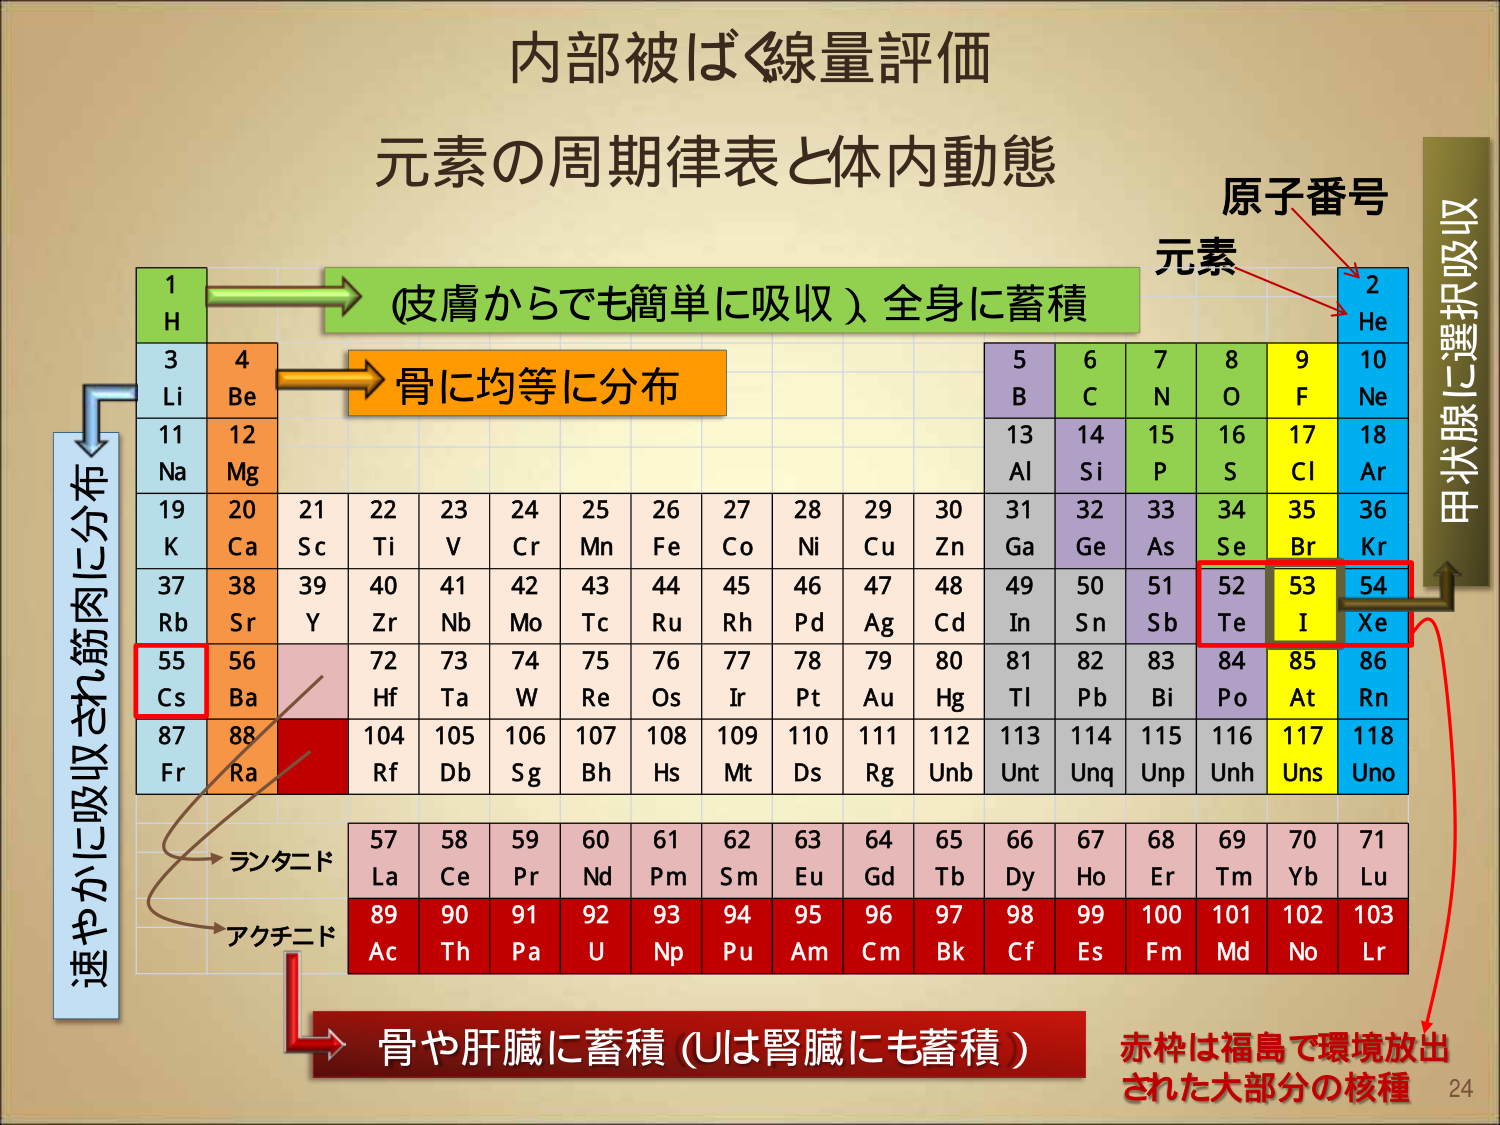
内部被ばく線量評価
元素の周期律表と体内動態

原子番号
元素

1 H
3 Li
11 Na
19 K
37 Rb
55 Cs
87 Fr

4 Be
12 Mg
20 Ca
38 Sr
56 Ba
88 Ra

21 Sc
22 Ti
23 V
24 Cr
25 Mn
26 Fe
27 Co
28 Ni
29 Cu
30 Zn
31 Ga
32 Ge
33 As
34 Se
35 Br
36 Kr
52 Te
53 I
54 Xe
84 Po
85 At
86 Rn
116 Unh
117 Uns
118 Uno

5 B
6 C
7 N
8 O
9 F
10 Ne
13 Al
14 Si
15 P
16 S
17 Cl
18 Ar
49 In
50 Sn
51 Sb
81 Tl
82 Pb
83 Bi
113 Unt
114 Unq
115 Unp

72 Hf
73 Ta
74 W
75 Re
76 Os
77 Ir
78 Pt
79 Au
80 Hg

57 La
58 Ce
59 Pr
60 Nd
61 Pm
62 Sm
63 Eu
64 Gd
65 Tb
66 Dy
67 Ho
68 Er
69 Tm
70 Yb
71 Lu

89 Ac
90 Th
91 Pa
92 U
93 Np
94 Pu
95 Am
96 Cm
97 Bk
98 Cf
99 Es
100 Fm
101 Md
102 No
103 Lr

104 Rf
105 Db
106 Sg
107 Bh
108 Hs
109 Mt
110 Ds
111 Rg
112 Unb

(皮膚からでも簡単に吸収) 全身に蓄積
骨に均等に分布
速やかに吸収され筋肉に分布
ランタニド
アクチニド
骨や肝臓に蓄積 (Uは腎臓にも蓄積)
赤枠は福島で環境放出された大部分の核種
甲状腺に選択吸収

24